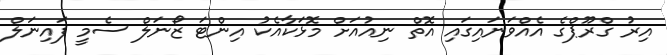
އިރު ގްރޫޕްގެ އެއްވަނައިގައި އޮތް ނިއުއަށް މޮޅަކާއެކު އިންޓަ ޒޯނަލް ސެމީ ފައިނަލް